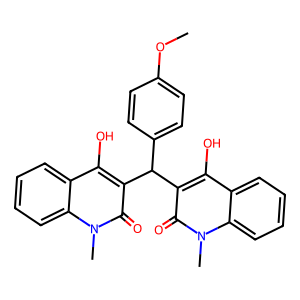
SMILES: COc1ccc(C(c2c(O)c3ccccc3n(C)c2=O)c2c(O)c3ccccc3n(C)c2=O)cc1
Inhibits HIV replication: No